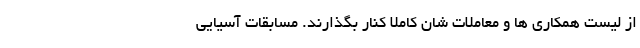
از لیست همکاری ها و معاملات شان کاملاً کنار بگذارند. مسابقات آسیایی